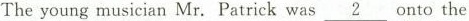
The young musician Mr. Patrick was \underline{2} onto the